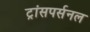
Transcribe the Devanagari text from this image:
ट्रांसपर्सनल